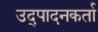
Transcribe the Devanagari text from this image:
उद्पादनकर्ता